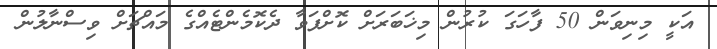
އަކީ މިނިވަން 50 ފާހަގަ ކުރުން މިޚަބަރަށް ކޮށްފަވާ ދެކޮމެންޓެއްގެ މައްޗަށް ވިސްނާލުން